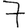
Digit: 7